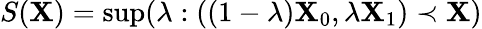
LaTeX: S(\mathbf{X})=\operatorname*{sup}(\lambda:((1-\lambda)\mathbf{X}_{0},\lambda\mathbf{X}_{1})\prec\mathbf{X})